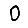
Digit: 0